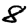
Digit: 8